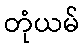
တုံယမ်